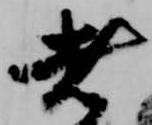
者